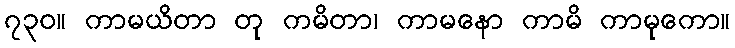
၇၃၀။ ကာမယိတာ တု ကမိတာ၊ ကာမနော ကာမိ ကာမုကော။